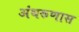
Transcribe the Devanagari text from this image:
अंथरूणास